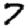
Digit: 7